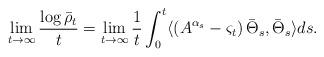
LaTeX: \begin{align*}\lim_{t \to \infty} \frac{\log \bar \rho_t}{t} = \lim_{t \to \infty} \frac{1}{t} \int_0^t \langle \left( A^{\alpha_s} - \varsigma_t \right) \bar \Theta_s, \bar \Theta_s \rangle ds.\end{align*}